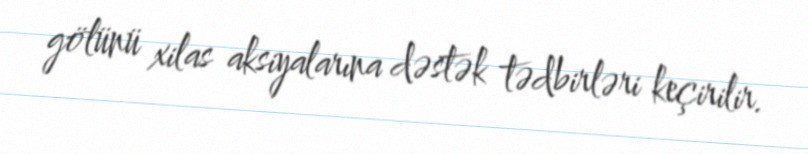
gölünü xilas aksiyalarına dəstək tədbirləri keçirilir.